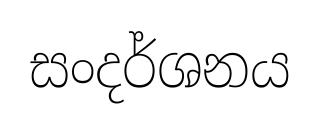
සංදර්ශනය